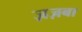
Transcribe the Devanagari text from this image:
ज़ज़बा